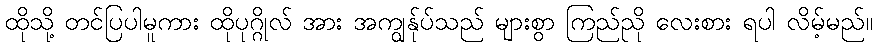
ထိုသို့ တင်ပြပါမူကား ထိုပုဂ္ဂိုလ် အား အကျွန်ုပ်သည် များစွာ ကြည်ညို လေးစား ရပါ လိမ့်မည်။